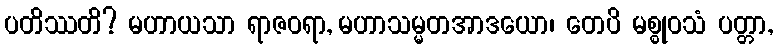
ပတိဿတိ? မဟာယသာ ရာဇဝရာ, မဟာသမ္မတအာဒယော၊ တေပိ မစ္စုဝသံ ပတ္တာ,